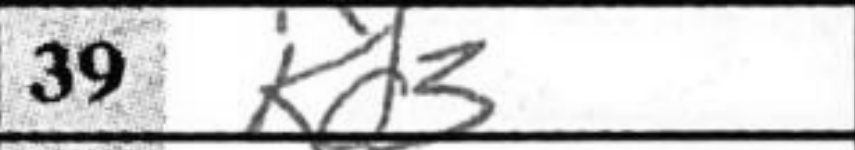
Transcription: Kd3